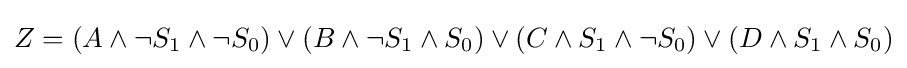
Z=(A\wedge \neg {S_{1}}\wedge \neg S_{0})\vee (B\wedge \neg S_{1}\wedge S_{0})\vee (C\wedge S_{1}\wedge \neg S_{0})\vee (D\wedge S_{1}\wedge S_{0})